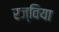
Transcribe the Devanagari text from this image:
रज्विया